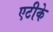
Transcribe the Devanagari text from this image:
एटीके